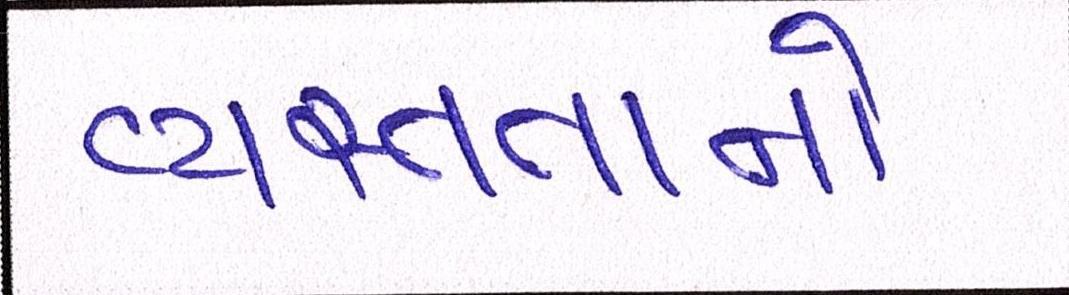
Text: વ્યસ્તતાનો